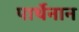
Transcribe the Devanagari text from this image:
पार्थेनान